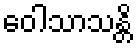
ဝေါသာသန္တိ